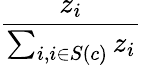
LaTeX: \frac{z_{i}}{\sum_{i,i\in S(c)}z_{i}}